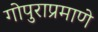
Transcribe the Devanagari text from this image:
गोपुराप्रमाणे